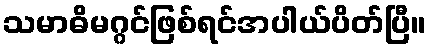
သမာဓိမဂ္ဂင်ဖြစ်ရင်အပါယ်ပိတ်ပြီ။